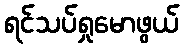
ရင်သပ်ရှုမောဖွယ်